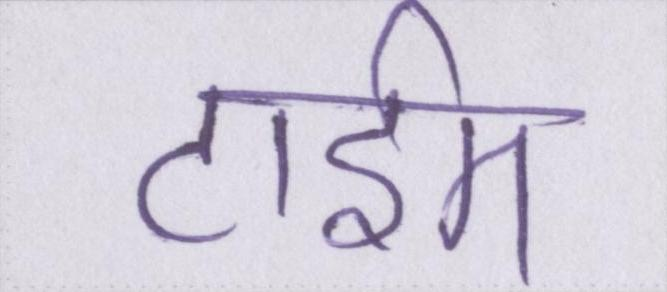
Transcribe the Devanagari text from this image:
टाईम